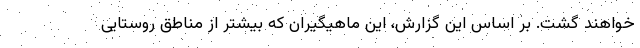
خواهند گشت. بر اساس این گزارش، این ماهیگیران که بیشتر از مناطق روستایی